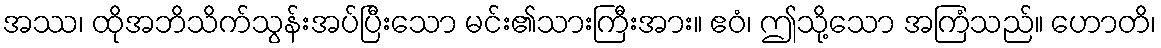
အဿ၊ ထိုအဘိသိက်သွန်းအပ်ပြီးသော မင်း၏သားကြီးအား။ ဧဝံ၊ ဤသို့သော အကြံသည်။ ဟောတိ၊